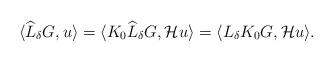
LaTeX: \begin{align*} \langle \widehat{L}_{\delta}G, u \rangle = \langle K_0\widehat{L}_{\delta}G, \mathcal{H}u \rangle = \langle L_{\delta}K_0G, \mathcal{H}u\rangle. \end{align*}